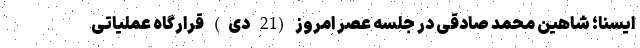
ایسنا؛ شاهین محمد صادقی در جلسه عصر امروز (21 دی) قرارگاه عملیاتی